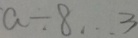
a \div 8 \cdots 3